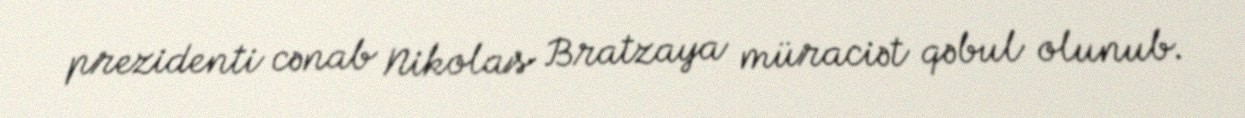
prezidenti cənab Nikolas Bratzaya müraciət qəbul olunub.